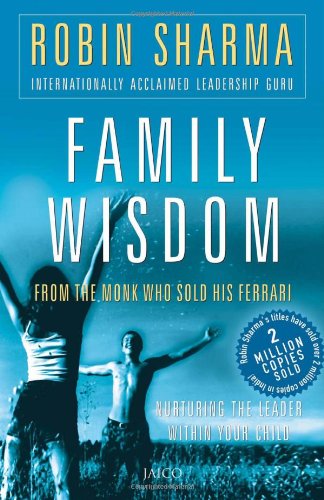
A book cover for Family Wisdom from the Monk Who Sold His Ferrari; Robin S. Sharma; Parenting & Relationships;